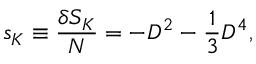
\begin{array} { l } { \displaystyle { s _ { K } \equiv \frac { \delta S _ { K } } { N } = - D ^ { 2 } - \frac { 1 } { 3 } D ^ { 4 } , } } \end{array}